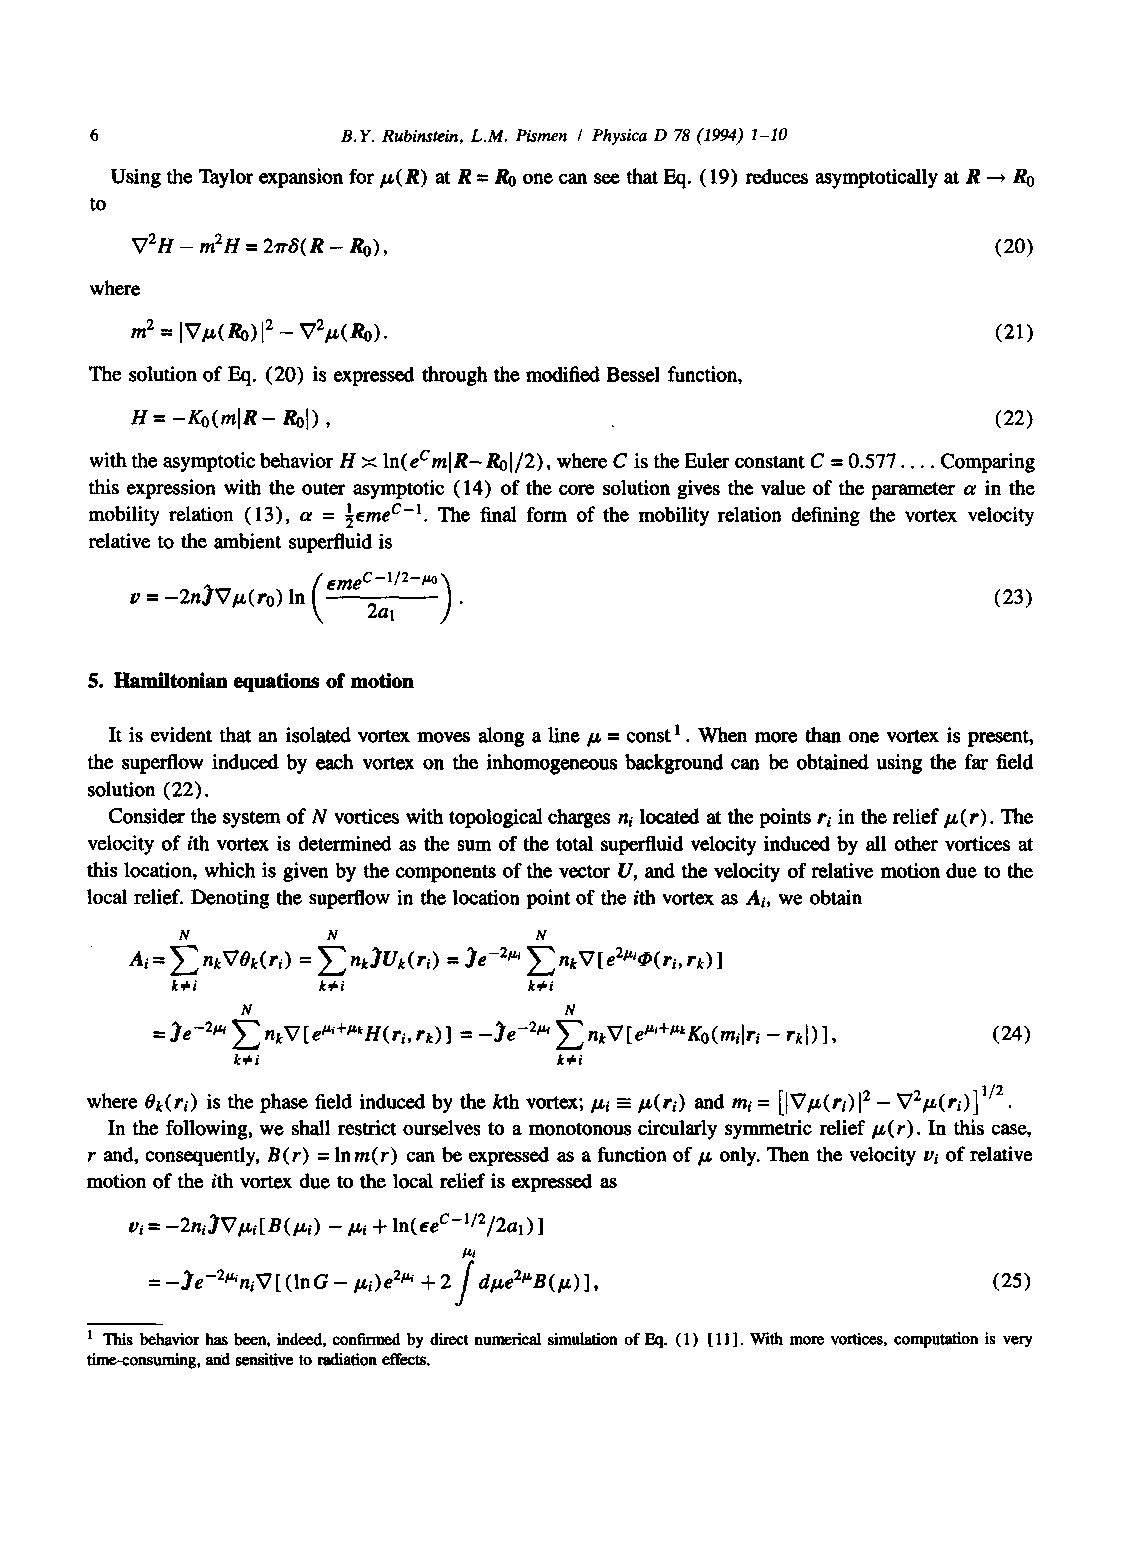
B.Y. Rubinstein, L.M. Pismen / Physica D 78 (1994) 1-10
 Using the Taylor expansion for ~(R) at R = Ro one can see that Eq. (19) reduces asymptotically at R ~ R0
 to
 V2H - m2H = 2~rS(R - R0),                                (20)
 where
 m 2 = IV/~(Ro) 12 - V2/~(R0).                            (21)
 The solution of Eq. (20) is expressed through the modified Bessel function,
 H = -Ko(mlR- Rol),                                       (22)
 with the asymptotic behavior H × ln(eCmIR-Ro/2), where C is the Buler constant C = 0.577 .... Comparing
 this expression with the outer asymptotic (14) of the core solution gives the value of the parameter a in the
 mobility relation (13), a = ½~mec -1. The final form of the mobility relation defining the vortex velocity
 relative to the ambient superfluid is
 (emeC-l/2-m~
 v = -2n)V/,(ro) In k ~a~ "                               (23)
 5. Hamiltonian equations of motion
 It is evident that an isolated vortex moves along a line/~ = const 1. When more than one vortex is present,
 the superflow induced by each vortex on the inhomogeneous background can be obtained using the far field
 solution (22).
 Consider the system of N vortices with topological charges n~ located at the points ri in the relief/.t(r). The
 velocity of ith vortex is determined as the sum of the total superttuid velocity induced by all other vortices at
 this location, which is given by the components of the vector U, and the velocity of relative motion due to the
 local relief. Denoting the superflow in the location point of the ith vortex as At, we obtain
 N         N            N
 Ai = ~ n~VOk(ri) = ~ nk~Uk(ri) = ~e -2t~ ~ nkXT e2m~(ri, rk)
 k~i       k~i           k~i
 N                    bl
 = )e -2~'~ ~ nkVe~'~+~H(ri, rD = -)e -2~ ~ nkXTe~+l"~Ko(miri -- rkl) , (24)
 k~i                   k~i
 where Ok(ri) is the phase field induced by the kth vortex; I~i =- I~(ri) and me =
 2 -     1/2
 In the following, we shall restrict ourselves to a monotonous circularly symmetric relief/~(r). In this case,
 r and, consequently, B(r) = lnm(r) can be expressed as a function of/~ only. Then the velocity vi of relative
 motion of the ith vortex due to the local relief is expressed as
 vi = -2ni~l~i B(l~i) - I~i + ln( e.eC-l/2/2al)
 = -~e-2~'niV (In G -/~i) e 2~*~ + 2 dl~e2~B(Iz) ,       (25)
 I This behavior has been, indeed, confirmed by direct numerical simulation of Eq. ( 1 ) 11 . With more vortices, computation is very
 time-consuming, and sensitive to radiation effects.